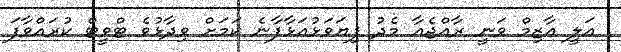
އަލީ އާޒިމް ވަނީ ރާއްޖެއާ މެދު ފިޔަވަޅުއަޅާފާނެ ކަމަށް ވިދާޅުވެ ޓްވީޓް ކުރައްވާފަ